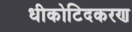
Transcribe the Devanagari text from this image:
धीकोटिदकरण